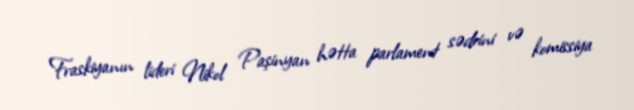
Fraskiyanın lideri Nikol Paşinyan hətta parlament sədrini və komissiya